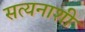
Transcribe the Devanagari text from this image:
सत्यनाशी